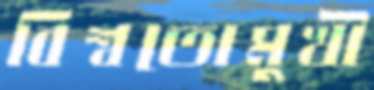
বিশ্বতোমুখী